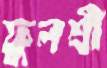
ফুলশ্রী